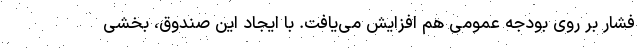
فشار بر روی بودجه عمومی هم افزایش می‌یافت. با ایجاد این صندوق، بخشی